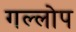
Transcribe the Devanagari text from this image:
गल्लोप